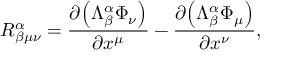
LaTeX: R _ { \beta \mu \nu } ^ { \alpha } = \frac { \partial { \left( \Lambda _ { \beta } ^ { \alpha } \Phi _ { \nu } \right) } } { \partial x ^ { \mu } } - \frac { \partial { \left( \Lambda _ { \beta } ^ { \alpha } \Phi _ { \mu } \right) } } { \partial x ^ { \nu } } ,